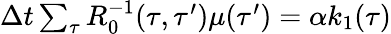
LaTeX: \begin{array}{r}{\Delta t\sum_{\tau}R_{0}^{-1}(\tau,\tau^{\prime})\mu(\tau^{\prime})=\alpha k_{1}(\tau)}\end{array}